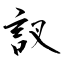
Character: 訍